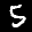
Label: 5